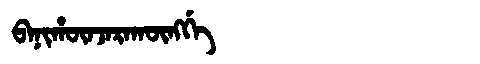
Manchu: ᠪᠠᠨᡳᡥᡡᠨᠵᠠᡵᠠᡴᡡᠩᡤᡝ
Romanization: BANIHŪNJARAKŪNGGE